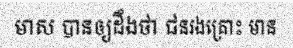
មាស បានឲ្យដឹងថា ជនរងគ្រោះ មាន